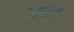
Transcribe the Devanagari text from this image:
जैनपुरा